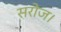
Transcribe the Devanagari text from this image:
सरोज।